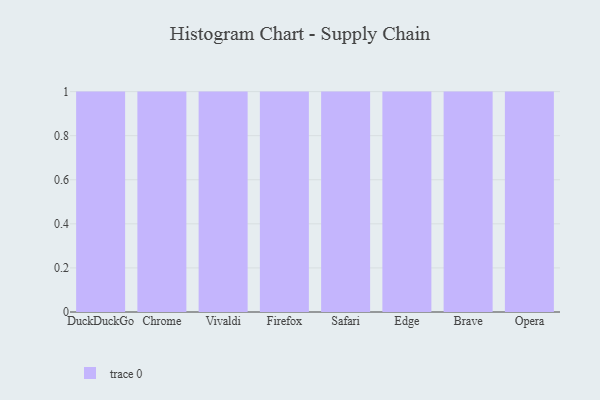
{"axis": {"x": "Browser", "y": "Gross Profit (USD K)"}, "legend": [""], "data": [{"x": "DuckDuckGo", "y": 52, "type": ""}, {"x": "Chrome", "y": 43, "type": ""}, {"x": "Vivaldi", "y": 50, "type": ""}, {"x": "Firefox", "y": 60, "type": ""}, {"x": "Safari", "y": 48, "type": ""}, {"x": "Edge", "y": 91, "type": ""}, {"x": "Brave", "y": 67, "type": ""}, {"x": "Opera", "y": 88, "type": ""}]}